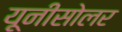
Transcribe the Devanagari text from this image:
यूनीसोलर